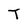
Character: T